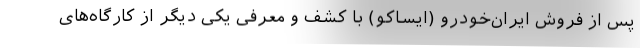
پس از فروش ایران‌خودرو (ایساکو) با کشف و معرفی یکی دیگر از کارگاه‌های‌